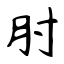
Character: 肘